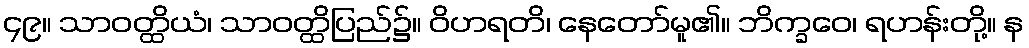
၄၉။ သာဝတ္ထိယံ၊ သာဝတ္ထိပြည်၌။ ဝိဟရတိ၊ နေတော်မူ၏။ ဘိက္ခဝေ၊ ရဟန်းတို့။ န